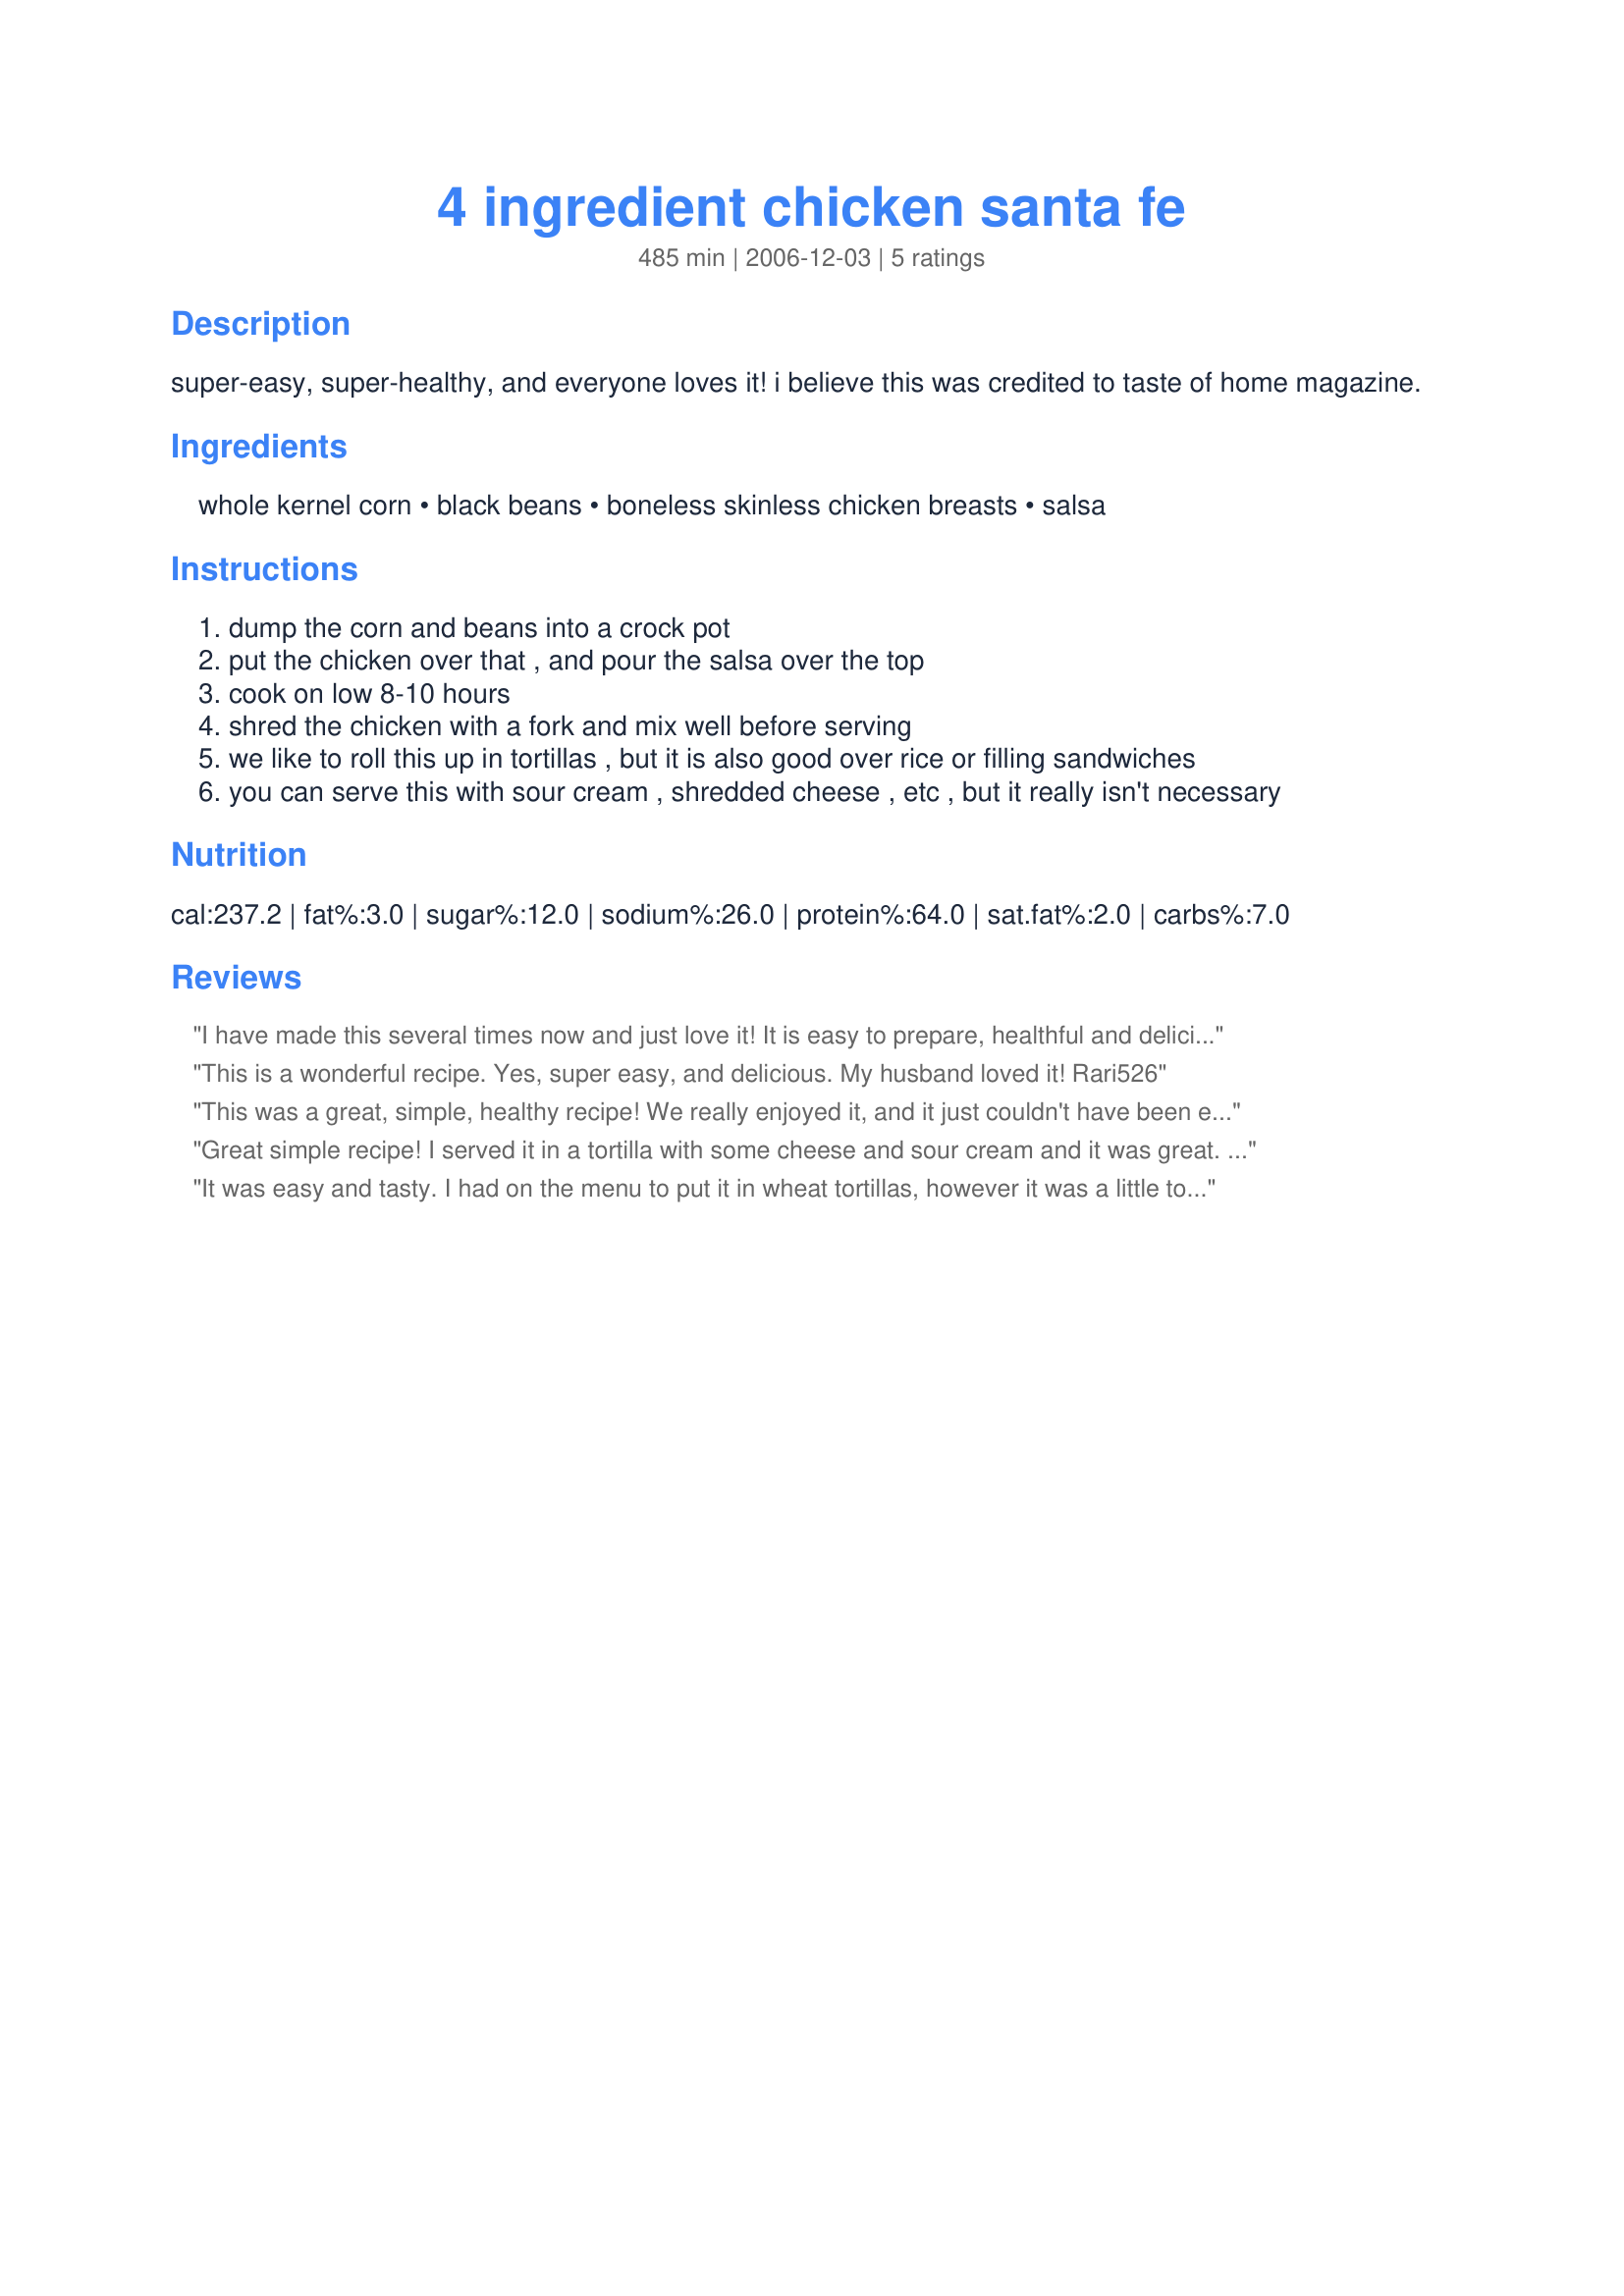
4 ingredient chicken santa fe
Preparation time: 485 minutes

super-easy, super-healthy, and everyone loves it! i believe this was credited to taste of home magazine.

Ingredients:
whole kernel corn, black beans, boneless skinless chicken breasts, salsa

Steps:
dump the corn and beans into a crock pot
put the chicken over that , and pour the salsa over the top
cook on low 8-10 hours
shred the chicken with a fork and mix well before serving
we like to roll this up in tortillas , but it is also good over rice or filling sandwiches
you can serve this with sour cream , shredded cheese , etc , but it really isn't necessary

Reviews:
I have made this several times now and just love it! It is easy to prepare, healthful and delicious. I have a fairly new crock pot and it cooks hotter than my old one, so I decreased the time to about 5-6 hours. Based on another review I also decreased the salsa a little. This is a great way to prepare chicken. Thanks for posting amicietta.
This is a wonderful recipe. Yes, super easy, and delicious. My husband loved it! Rari526
This was a great, simple, healthy recipe! We really enjoyed it, and it just couldn't have been easier. Very tasty.
Great simple recipe! I served it in a tortilla with some cheese and sour cream and it was great. I left my chicken breasts whole (so they were portioned out easier) and I did drain the sauce before putting it in the tortilla. This will become a staple in our house. Thanks!
It was easy and tasty. I had on the menu to put it in wheat tortillas, however it was a little too saucy for that. I'm sure it would be quite good over rice. Thanks for posting!
